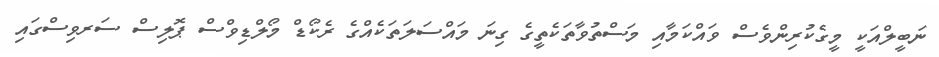
ނަބީލްއަކީ މީގެކުރިންވެސް ވައްކަމާއި މަސްތުވާތަކެތީގެ ގިނަ މައްސަލަތަކެއްގެ ރެކޯޑް މޯލްޑިވްސް ޕޮލިސް ސަރވިސްގައި